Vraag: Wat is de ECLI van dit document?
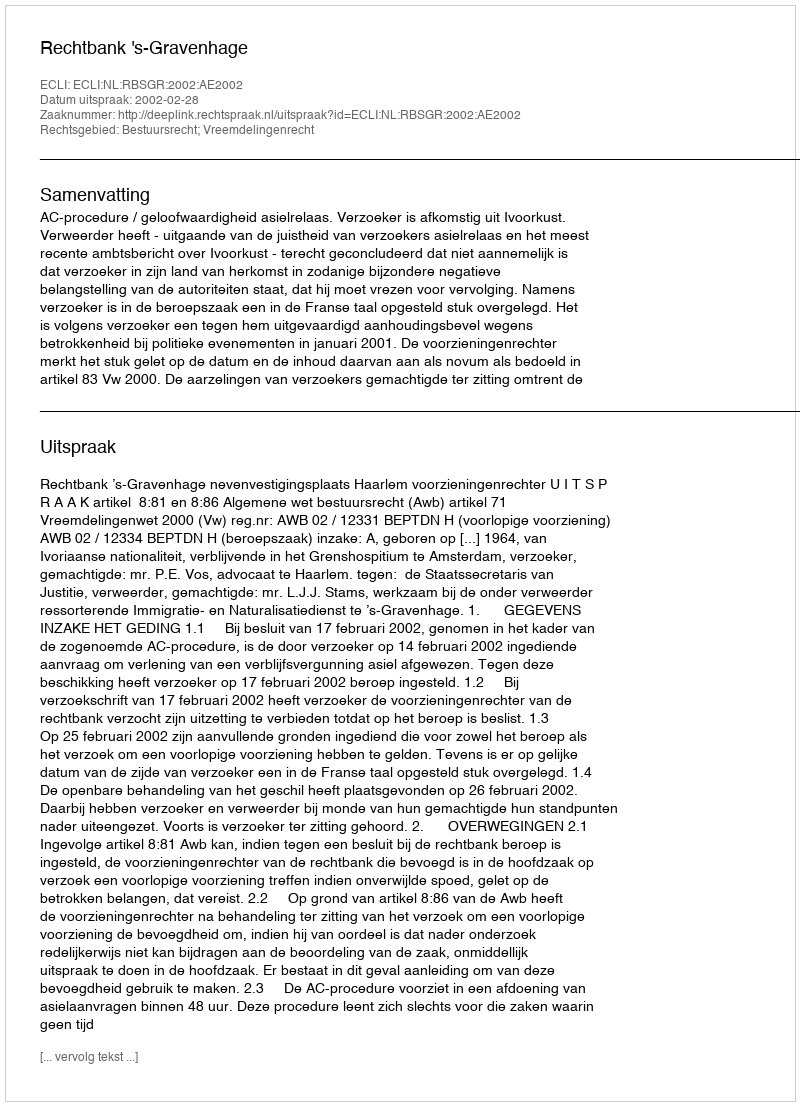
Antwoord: ECLI:NL:RBSGR:2002:AE2002